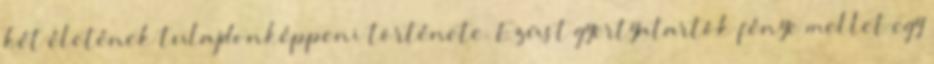
két életének tulajdonképpeni története. Ezüst gyertyatartók fénye mellet egy